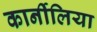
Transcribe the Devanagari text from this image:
कार्नीलिया